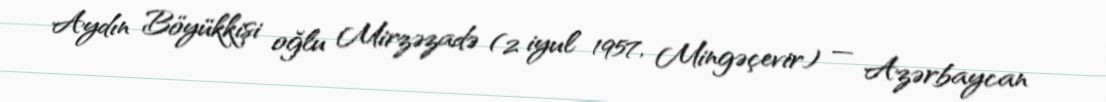
Aydın Böyükkişi oğlu Mirzəzadə (2 iyul 1957, Mingəçevir) — Azərbaycan